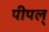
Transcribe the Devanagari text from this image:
पीपल्